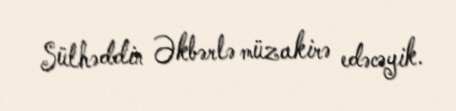
Sülhəddin Əkbərlə müzakirə edəcəyik.